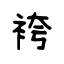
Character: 袴